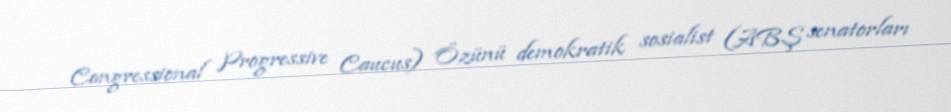
Congressional Progressive Caucus) Özünü demokratik sosialist (ABŞ senatorları